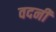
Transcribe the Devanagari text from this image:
वदनी